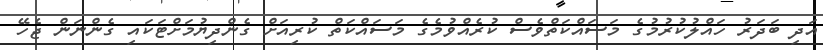
އަދި ބަދަރު ހައްލުކުރުމުގެ މަސައްކަތްވެސް ކުރެއްވުމެގެ މަސައްކަތް ކުރިއަށް ގެންދިޔުމަށްޓަކައި ގެންނަން ޖެހޭ